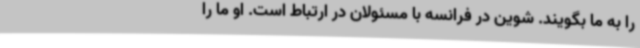
را به ما بگویند. شوین در فرانسه با مسئولان در ارتباط است. او ما را